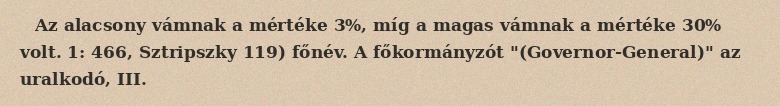
Az alacsony vámnak a mértéke 3%, míg a magas vámnak a mértéke 30% volt. 1: 466, Sztripszky 119) főnév. A főkormányzót "(Governor-General)" az uralkodó, III.